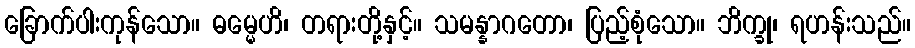
ခြောက်ပါးကုန်သော။ ဓမ္မေဟိ၊ တရားတို့နှင့်။ သမန္နာဂတော၊ ပြည့်စုံသော။ ဘိက္ခု၊ ရဟန်းသည်။